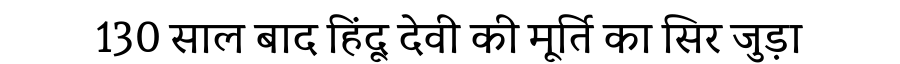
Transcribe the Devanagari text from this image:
130 साल बाद हिंदू देवी की मूर्ति का सिर जुड़ा